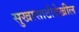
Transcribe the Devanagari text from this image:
सुखासाठीदेखील